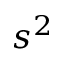
s ^ { 2 }